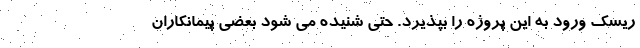
ریسک ورود به این پروژه را بپذیرد. حتی شنیده می شود بعضی پیمانکاران